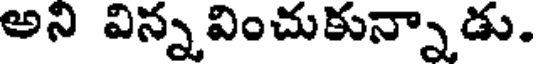
అని విన్నవించుకున్నాడు.